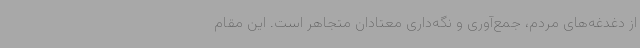
از دغدغه‌های مردم، جمع‌آوری و نگه‌داری معتادان متجاهر است. این مقام